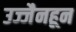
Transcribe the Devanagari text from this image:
उज्जैनहून